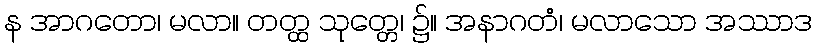
န အာဂတော၊ မလာ။ တတ္ထ သုတ္တေ၊ ၌။ အနာဂတံ၊ မလာသော အဿာဒ